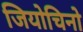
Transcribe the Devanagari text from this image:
जियोचिनो